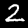
Digit: 2